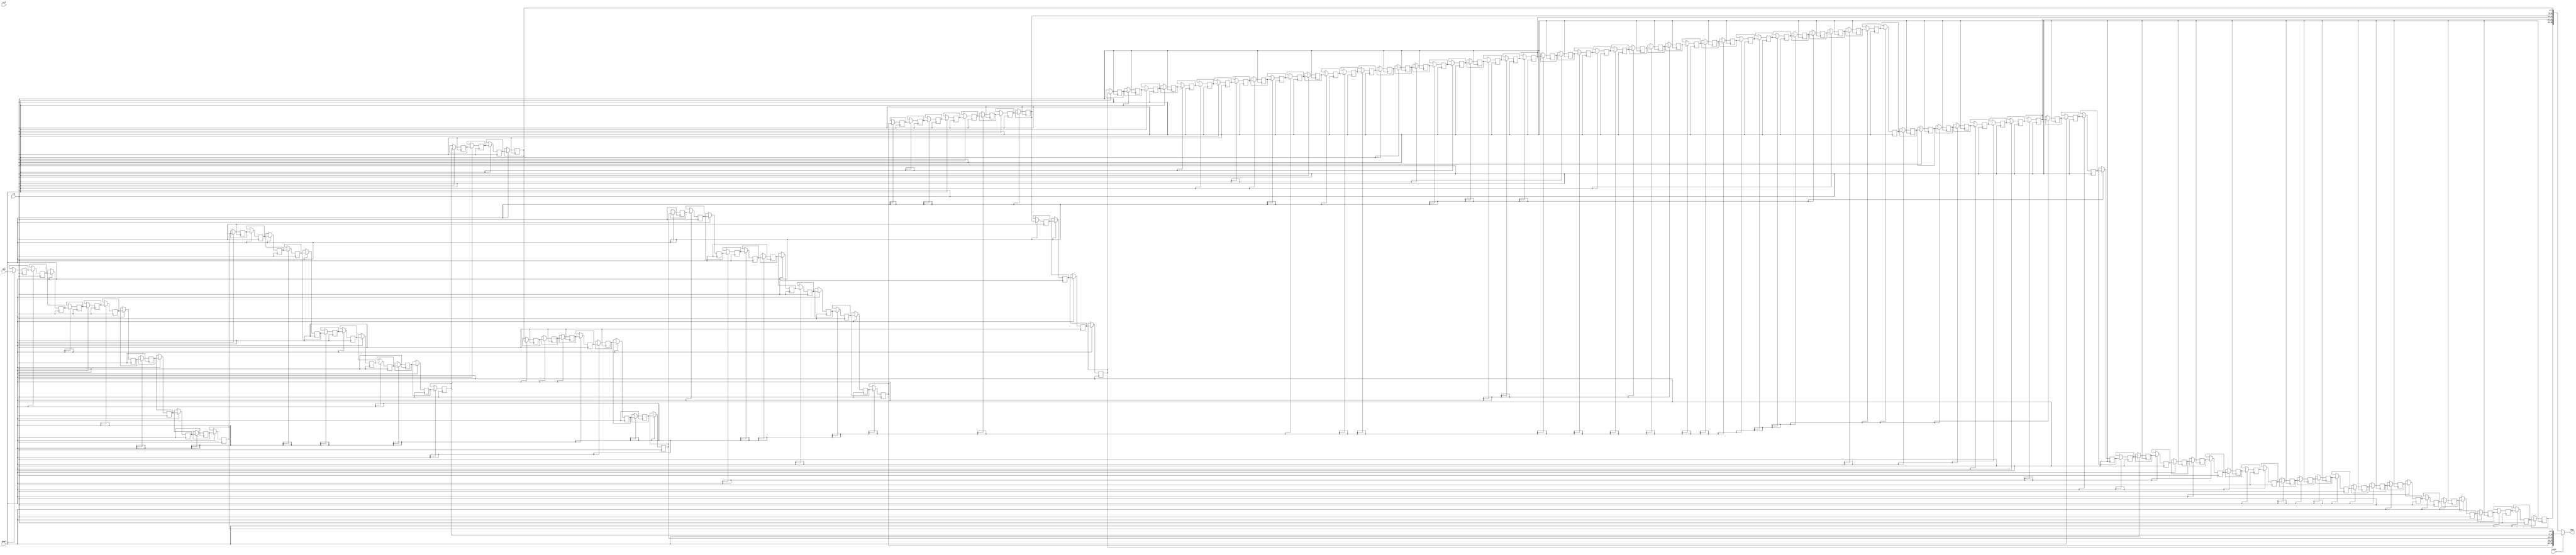
// 
// 
module window   
(
    input  clk,
    input  rstn,
    input  start,       // 
    input  state,                   
    input  [7:0]  din,  
    output [39:0] taps  // 
);
           
	integer i;
	reg [7:0] mem [0:139];
	
	// 14028*5
	always@(posedge clk)begin
		if(start)
			begin
				mem[0] <= din;           
				for(i=0;i<139;i=i+1) 
					mem[i+1] <= mem[i];
			end
	end
	// state=0:28*28   state=1:12*12
	assign taps = (!state)?{mem[139],mem[111],mem[83],mem[55],mem[27]}:{mem[59],mem[47],mem[35],mem[23],mem[11]};

endmodule